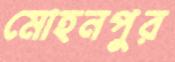
মোহনপুর